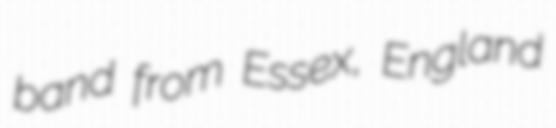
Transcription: band from Essex, England